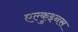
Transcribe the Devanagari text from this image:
एल्कुइनस